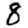
Digit: 8